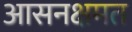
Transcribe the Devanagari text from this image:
आसनक्षमत